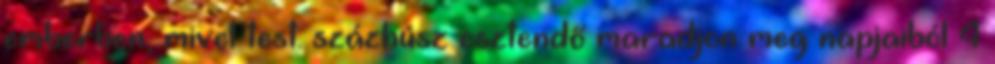
emberben, mivel test: százhúsz esztendő maradjon meg napjaiból 4